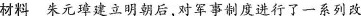
材料朱元璋建立明朝后，对军事制度进行了一系列改